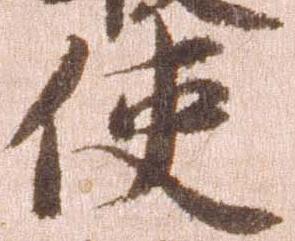
使